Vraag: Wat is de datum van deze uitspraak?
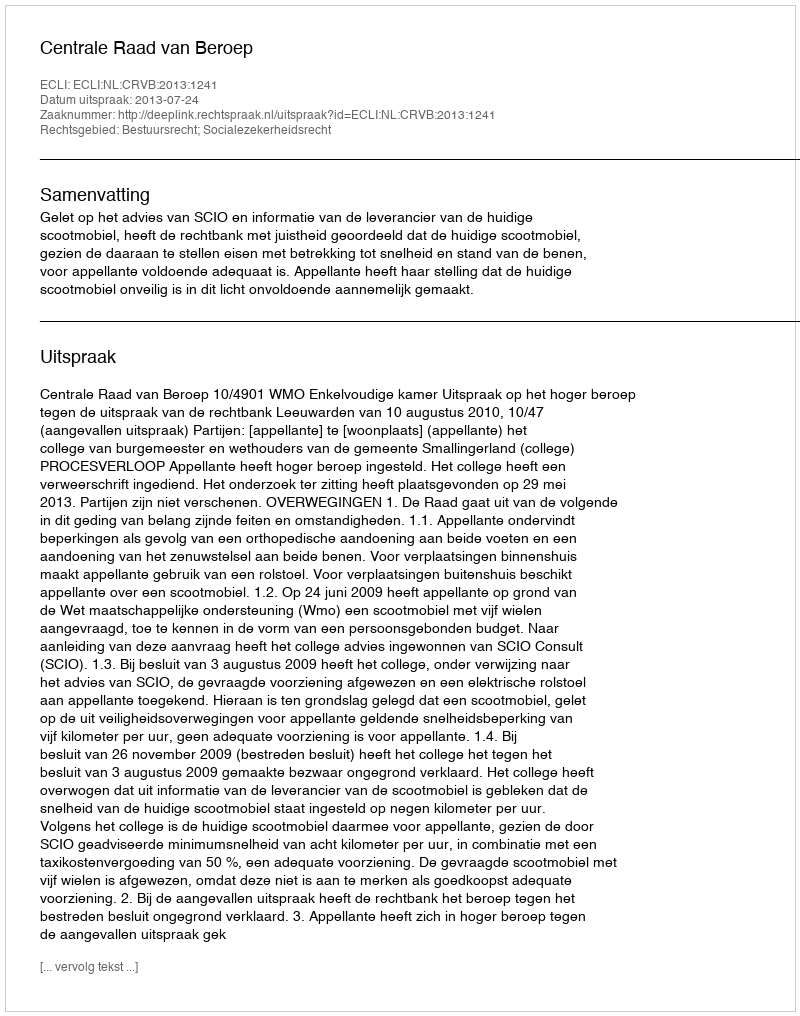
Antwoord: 2013-07-24